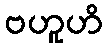
ဗဟူဟိ